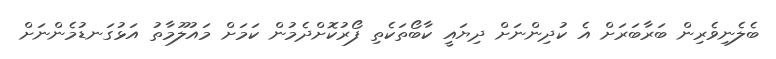
ބެލެނިވެރިން ބަރާބަރަށް އެ ކުދިންނަށް ދިޔައީ ކާބޯތަކެތި ފޯރުކޮށްދެމުން ކަމަށް މައުލޫމާތު އަޅުގަނޑުމެންނަށް